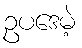
ဥပဒေမဲ့